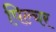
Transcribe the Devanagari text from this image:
पिल्चर